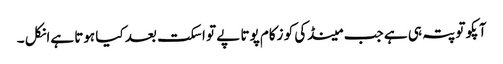
آپکو تو پتہ ہی ہے جب مینڈکی کو زکام پوتا پے تو اسکت بعد کیا ہوتا ہےانکل ۔